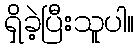
ရှိခဲ့ပြီးသူပါ။